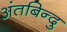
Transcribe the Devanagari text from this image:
अंतबिन्दु